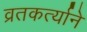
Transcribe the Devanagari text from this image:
व्रतकर्त्याने